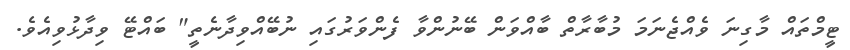
ޓީމްތައް މާގިނަ ވެއްޖެނަމަ މުބާރާތް ބާއްވަން ބޭނުންވާ ފެންވަރުގައި ނުބޭއްވިދާނެތީ" ބައްޓޭ ވިދާޅުވިއެވެ.